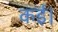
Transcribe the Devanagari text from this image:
कई।